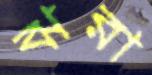
ঝরা